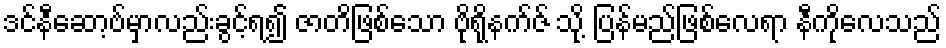
ဒင်နီဆော့ဗ်မှာလည်းခွင့်ရ၍ ဇာတိဖြစ်သော ဗိုရိုနက်ဇ် သို့ ပြန်မည်ဖြစ်လေရာ နီကိုလေသည်